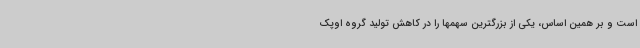
است و بر همین اساس، یکی از بزرگترین سهمها را در کاهش تولید گروه اوپک